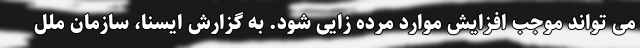
می تواند موجب افزایش موارد مرده زایی شود. به گزارش ایسنا، سازمان ملل